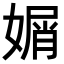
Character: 𡟩